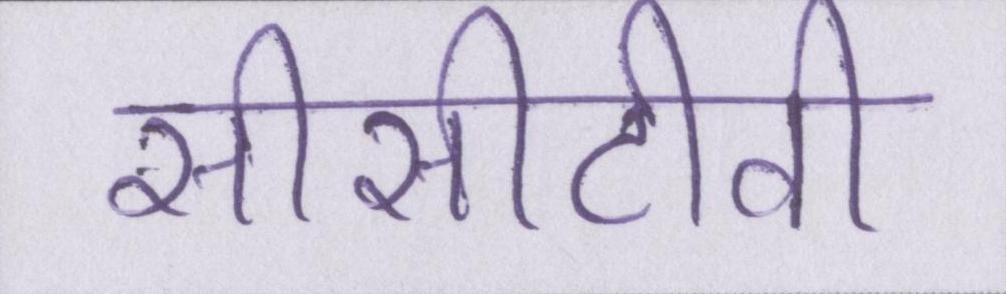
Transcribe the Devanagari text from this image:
सीसीटीवी